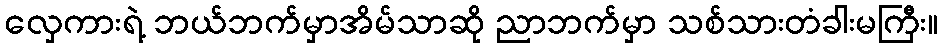
လှေကားရဲ့ ဘယ်ဘက်မှာအိမ်သာဆို ညာဘက်မှာ သစ်သားတံခါးမကြီး။